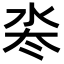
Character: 𬇜